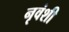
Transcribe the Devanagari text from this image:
नृवंशी